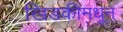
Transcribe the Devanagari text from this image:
खिडकीमधून